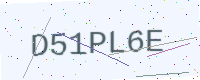
Text: D51PL6E